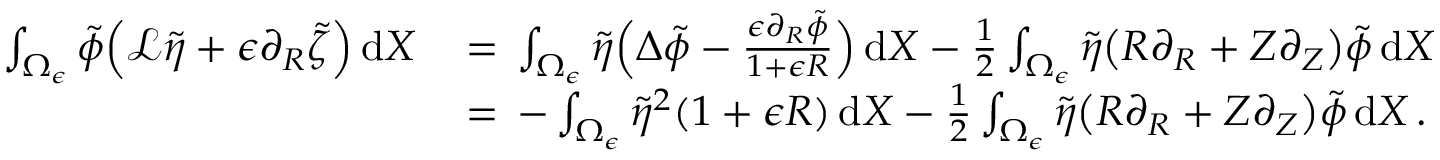
\begin{array} { r l } { \int _ { \Omega _ { \epsilon } } \tilde { \phi } \Bigl ( \mathcal { L } \tilde { \eta } + \epsilon \partial _ { R } \tilde { \zeta } \Bigr ) \, \mathrm { d } X \, } & { = \, \int _ { \Omega _ { \epsilon } } \tilde { \eta } \Bigl ( \Delta \tilde { \phi } - \frac { \epsilon \partial _ { R } \tilde { \phi } } { 1 + \epsilon R } \Bigr ) \, \mathrm { d } X - \frac 1 2 \int _ { \Omega _ { \epsilon } } \tilde { \eta } \bigl ( R \partial _ { R } + Z \partial _ { Z } \bigr ) \tilde { \phi } \, \mathrm { d } X } \\ { \, } & { = \, - \int _ { \Omega _ { \epsilon } } \tilde { \eta } ^ { 2 } ( 1 + \epsilon R ) \, \mathrm { d } X - \frac 1 2 \int _ { \Omega _ { \epsilon } } \tilde { \eta } \bigl ( R \partial _ { R } + Z \partial _ { Z } \bigr ) \tilde { \phi } \, \mathrm { d } X \, . } \end{array}